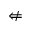
\nLeftarrow